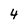
Character: 4